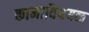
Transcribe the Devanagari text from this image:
कामाविषयक